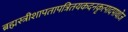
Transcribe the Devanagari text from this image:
ब्रह्मस्त्रीशापतापत्रितयकदनकृत्पादपाथोज